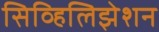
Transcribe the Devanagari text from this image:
सिव्हिलिझेशन